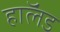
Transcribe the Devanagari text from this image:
हाॅलंड